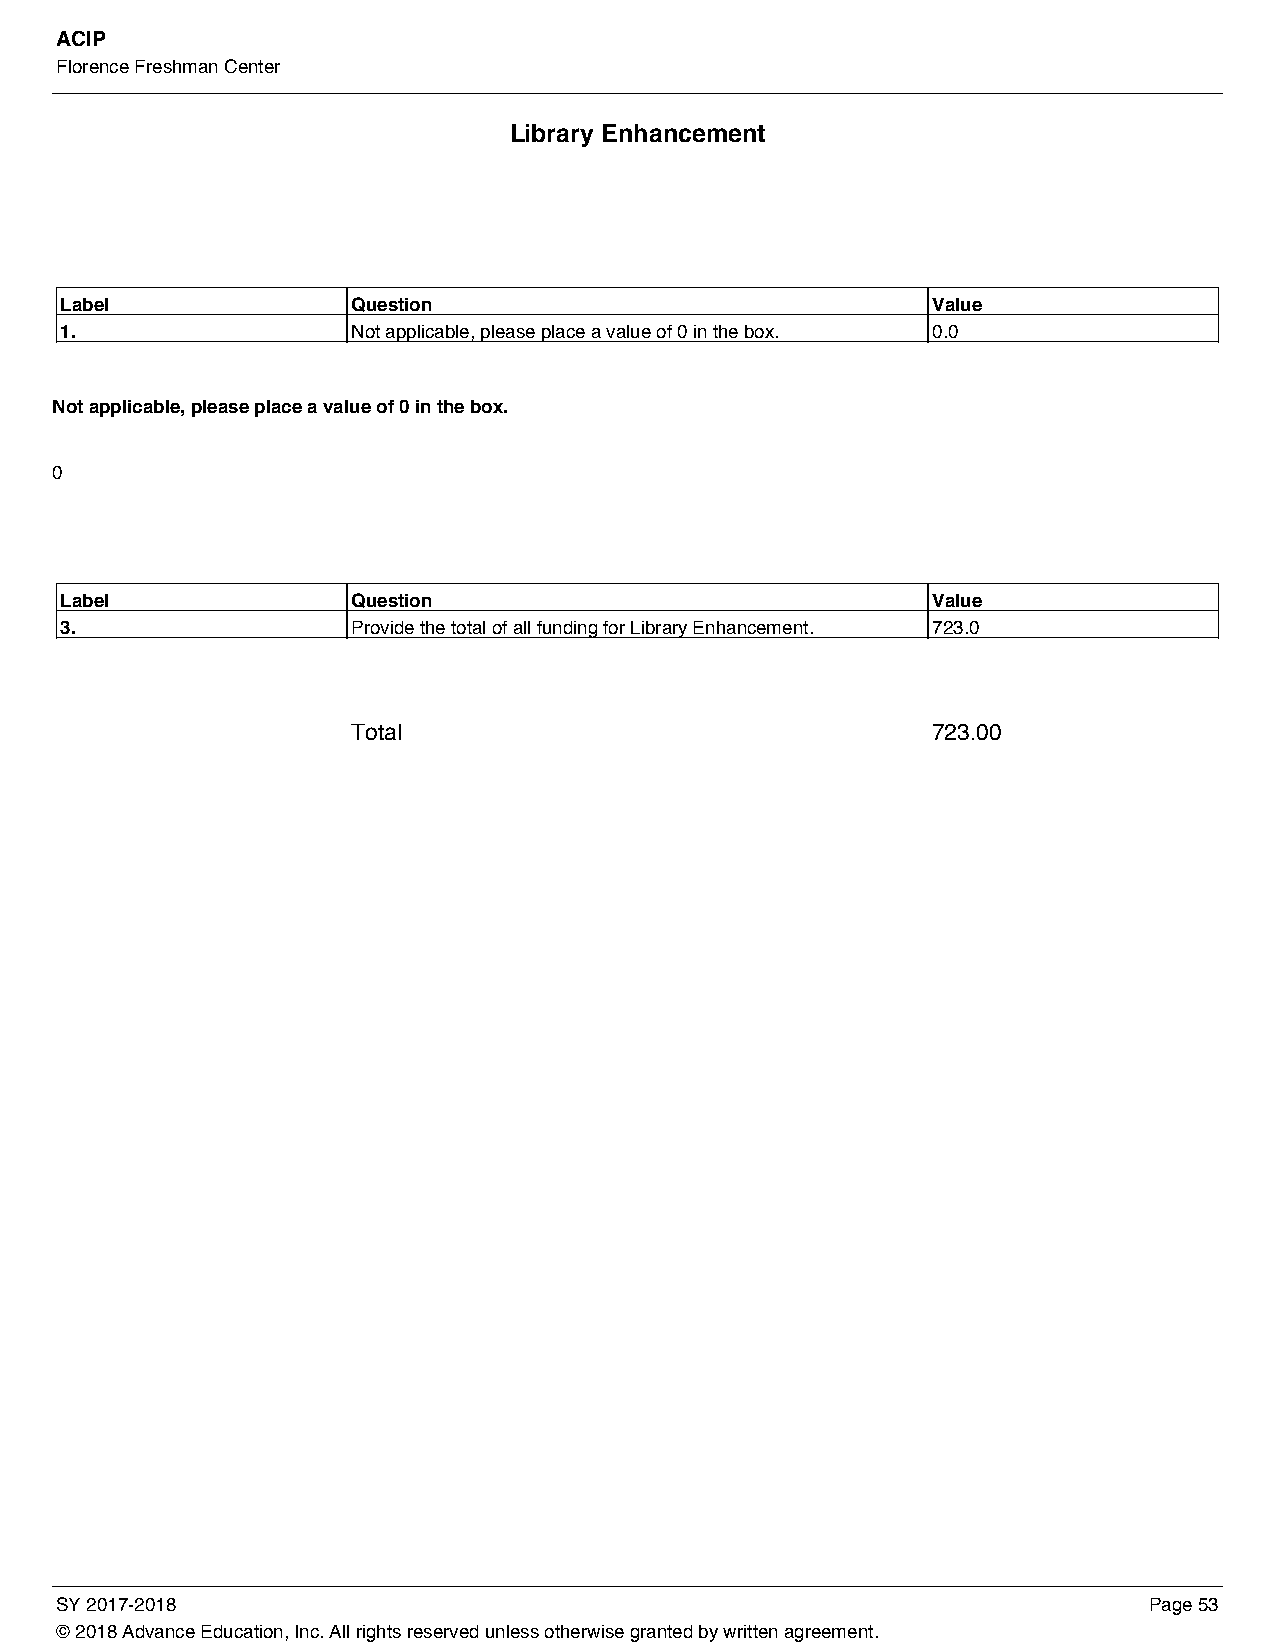
ACIP
 Florence Freshman Center
 Library Enhancement
 Label              Question                               Value
 1.                 Not applicable, please place a value of 0 in the box. 0.0
 Not applicable, please place a value of 0 in the box.
 0
 Label              Question                               Value
 3.                 Provide the total of all funding for Library Enhancement. 723.0
 Total                                  723.00
 SY 2017-2018                                                            Page 53
 © 2018 Advance Education, Inc. All rights reserved unless otherwise granted by written agreement.